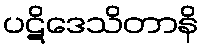
ပဋိဒေသိတာနိ